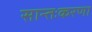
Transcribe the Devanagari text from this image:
सान्तःकरणा